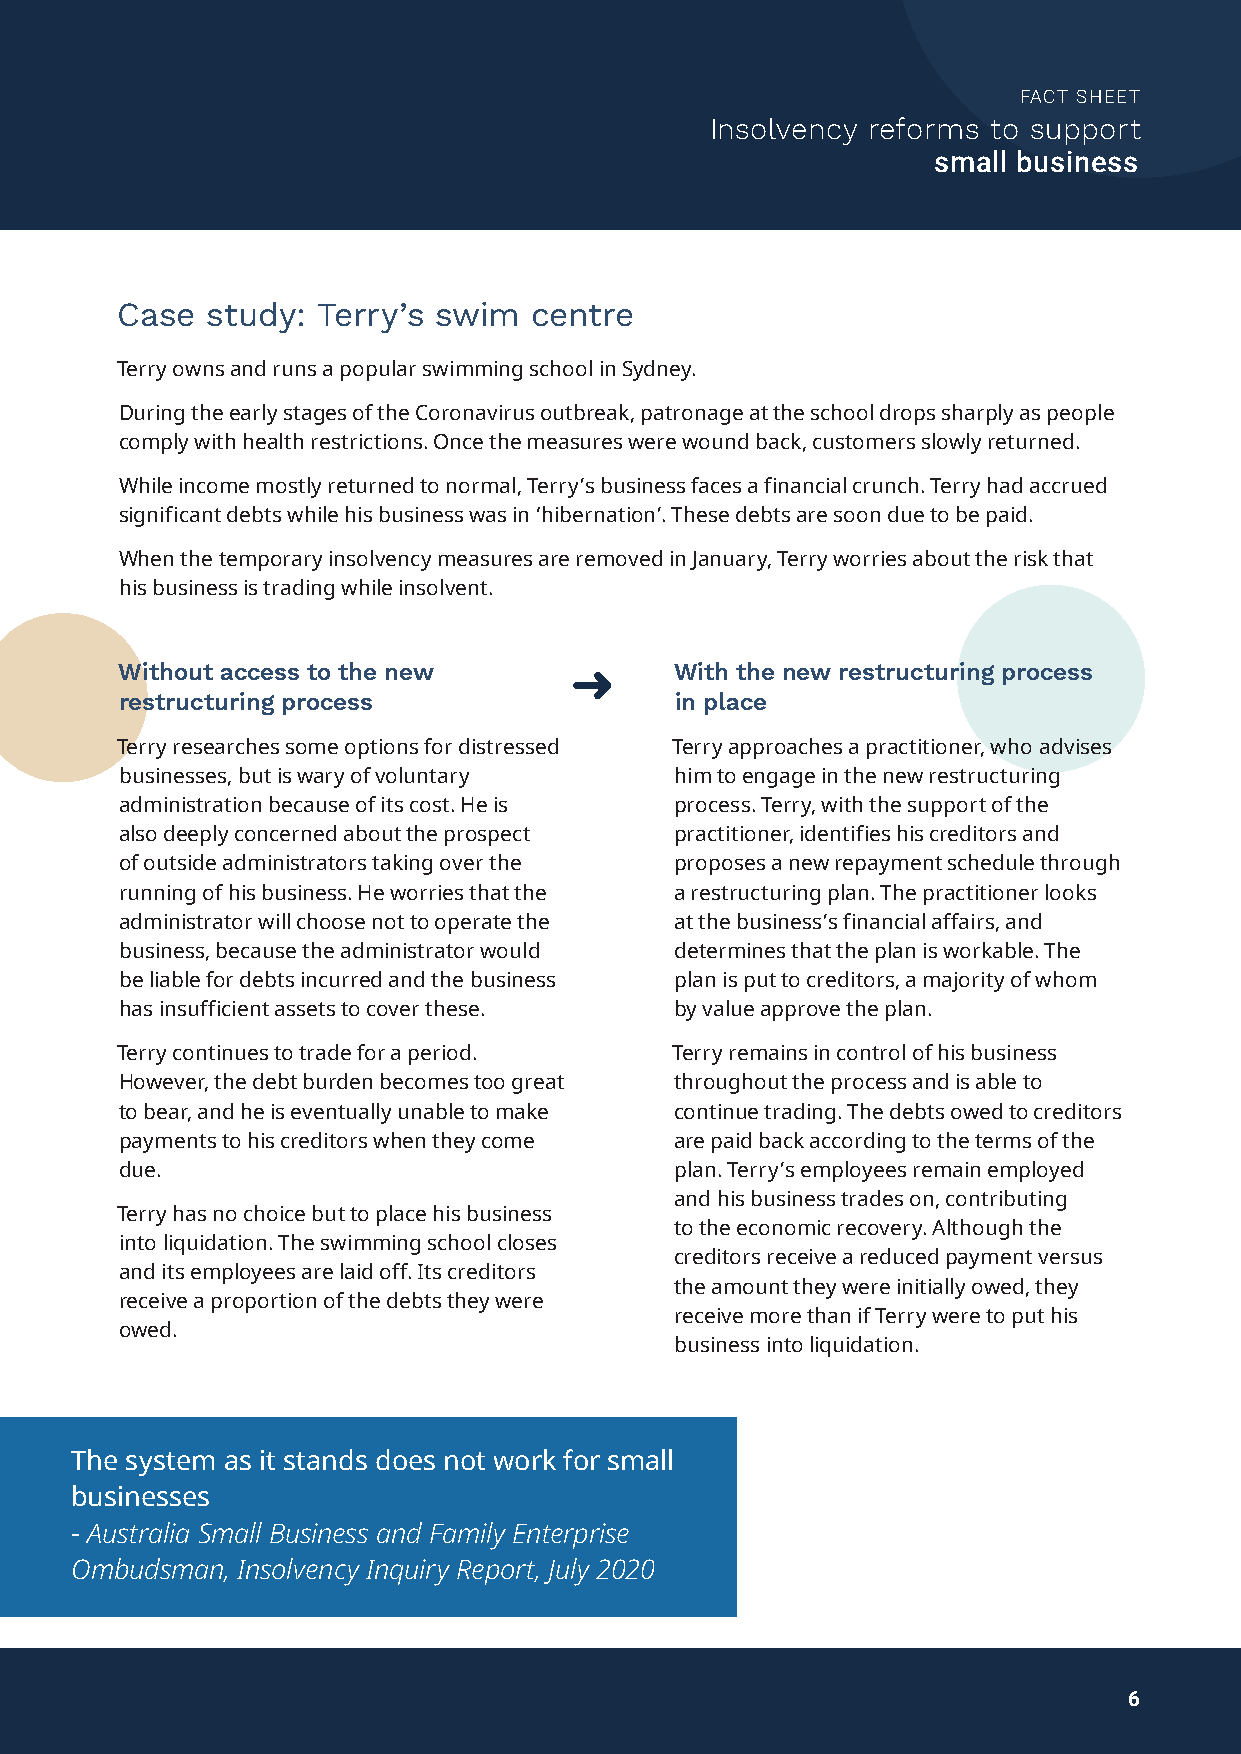
FACT SHEET
 Insolvency reforms to support
 small business
 Case  study: Terry’s swim  centre
 Terry owns and runs a popular swimming school in Sydney.
 During the early stages of the Coronavirus outbreak, patronage at the school drops sharply as people
 comply with health restrictions. Once the measures were wound back, customers slowly returned.
 While income mostly returned to normal, Terry’s business faces a financial crunch. Terry had accrued
 significant debts while his business was in ‘hibernation’. These debts are soon due to be paid.
 When the temporary insolvency measures are removed in January, Terry worries about the risk that
 his business is trading while insolvent.
 Without access to the new            With the new restructuring process
 restructuring process                in place
 Terry researches some options for distressed Terry approaches a practitioner, who advises
 businesses, but is wary of voluntary him to engage in the new restructuring
 administration because of its cost. He is process. Terry, with the support of the
 also deeply concerned about the prospect practitioner, identifies his creditors and
 of outside administrators taking over the proposes a new repayment schedule through
 running of his business. He worries that the a restructuring plan. The practitioner looks
 administrator will choose not to operate the at the business’s financial affairs, and
 business, because the administrator would determines that the plan is workable. The
 be liable for debts incurred and the business plan is put to creditors, a majority of whom
 has insufficient assets to cover these. by value approve the plan.
 Terry continues to trade for a period. Terry remains in control of his business
 However, the debt burden becomes too great throughout the process and is able to
 to bear, and he is eventually unable to make continue trading. The debts owed to creditors
 payments to his creditors when they come are paid back according to the terms of the
 due.                                 plan. Terry’s employees remain employed
 and his business trades on, contributing
 Terry has no choice but to place his business
 to the economic recovery. Although the
 into liquidation. The swimming school closes
 creditors receive a reduced payment versus
 and its employees are laid off. Its creditors
 the amount they were initially owed, they
 receive a proportion of the debts they were
 receive more than if Terry were to put his
 owed.
 business into liquidation.
 The system as it stands does not work for small
 businesses
 - Australia Small Business and Family Enterprise
 Ombudsman, Insolvency Inquiry Report, July 2020
 6